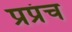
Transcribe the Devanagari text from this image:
प्रप्रंच